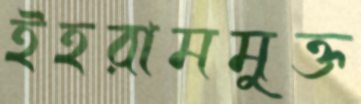
ইহরামমুক্ত